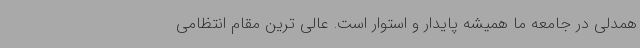
همدلی در جامعه ما همیشه پایدار و استوار است. عالی ترین مقام انتظامی